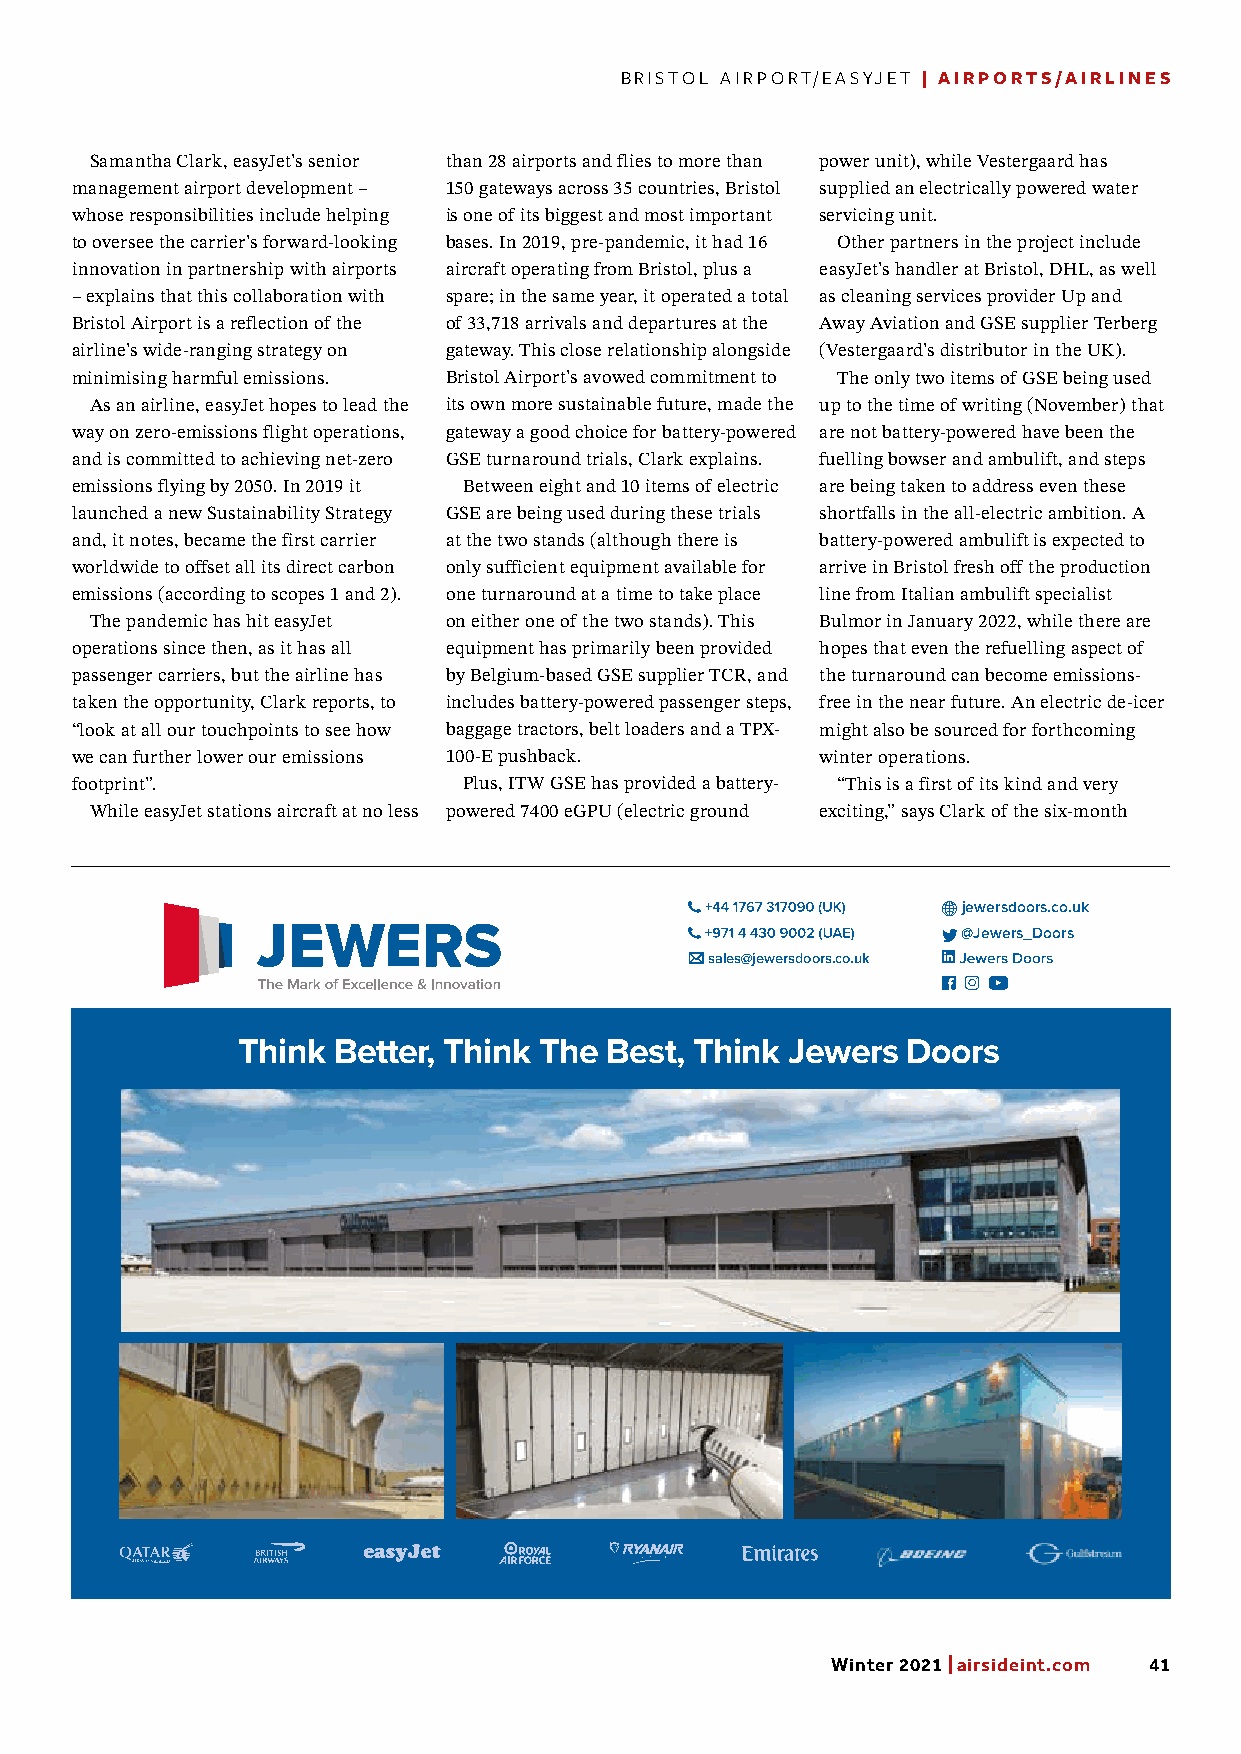
BRISTOL AIRPORT/EASYJET | AIRPORTS/AIRLINES
 Samantha Clark, easyJet’s senior than 28 airports and flies to more than power unit), while Vestergaard has
 management airport development – 150 gateways across 35 countries, Bristol supplied an electrically powered water
 whose responsibilities include helping is one of its biggest and most important servicing unit.
 to oversee the carrier’s forward-looking bases. In 2019, pre-pandemic, it had 16 Other partners in the project include
 innovation in partnership with airports aircraft operating from Bristol, plus a easyJet’s handler at Bristol, DHL, as well
 – explains that this collaboration with spare; in the same year, it operated a total as cleaning services provider Up and
 Bristol Airport is a reflection of the of 33,718 arrivals and departures at the Away Aviation and GSE supplier Terberg
 airline’s wide-ranging strategy on gateway. This close relationship alongside (Vestergaard’s distributor in the UK).
 minimising harmful emissions. Bristol Airport’s avowed commitment to The only two items of GSE being used
 As an airline, easyJet hopes to lead the its own more sustainable future, made the up to the time of writing (November) that
 way on zero-emissions flight operations, gateway a good choice for battery-powered are not battery-powered have been the
 and is committed to achieving net-zero GSE turnaround trials, Clark explains. fuelling bowser and ambulift, and steps
 emissions flying by 2050. In 2019 it Between eight and 10 items of electric are being taken to address even these
 launched a new Sustainability Strategy GSE are being used during these trials shortfalls in the all-electric ambition. A
 and, it notes, became the first carrier at the two stands (although there is battery-powered ambulift is expected to
 worldwide to offset all its direct carbon only sufficient equipment available for arrive in Bristol fresh off the production
 emissions (according to scopes 1 and 2). one turnaround at a time to take place line from Italian ambulift specialist
 The pandemic has hit easyJet on either one of the two stands). This Bulmor in January 2022, while there are
 operations since then, as it has all equipment has primarily been provided hopes that even the refuelling aspect of
 passenger carriers, but the airline has by Belgium-based GSE supplier TCR, and the turnaround can become emissions-
 taken the opportunity, Clark reports, to includes battery-powered passenger steps, free in the near future. An electric de-icer
 “look at all our touchpoints to see how baggage tractors, belt loaders and a TPX- might also be sourced for forthcoming
 we can further lower our emissions 100-E pushback. winter operations.
 footprint”.               Plus, ITW GSE has provided a battery- “This is a first of its kind and very
 While easyJet stations aircraft at no less powered 7400 eGPU (electric ground exciting,” says Clark of the six-month
 jewersdoors.co.uk
 @Jewers_Doors
  sales@jewersdoors.co.uk
 Think Better, Think The Best, Think Jewers  Doors
 AA7788004400 JJeewweerrss MMRROO aadd 118800xx112200..iinndddd 11 1111//1111//22002211 1122::2299
 Winter 2021 | airsideint.com 41